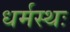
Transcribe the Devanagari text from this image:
धर्मस्थः